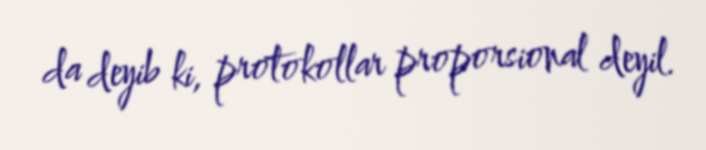
da deyib ki, protokollar proporsional deyil.